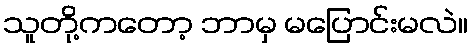
သူတို့ကတော့ ဘာမှ မပြောင်းမလဲ။